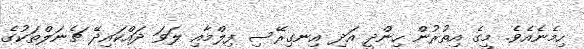
ހިމެނެއެވެ. މީގެ އިތުރުން ހިންދީ އަދި އިނގިރޭސި ފިލްމާއި ލަވަ ދައްކައިދޭ ޗެނަލްތަކުގެ